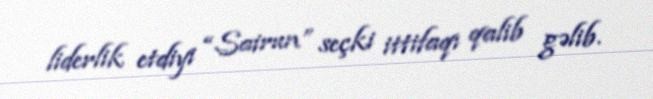
liderlik etdiyi “Sairun” seçki ittifaqı qalib gəlib.